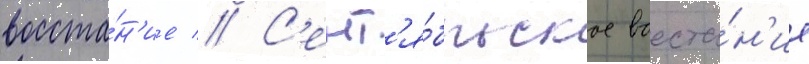
восста́н'ие // С'ент'я́брьское восста́н'ие